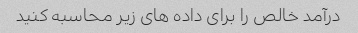
درآمد خالص را برای داده های زیر محاسبه کنید